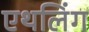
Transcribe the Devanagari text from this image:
एथलिंग